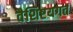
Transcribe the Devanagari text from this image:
वैशिष्टयगत